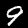
Digit: 9